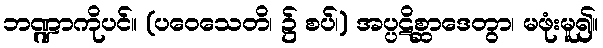
ဘဏ္ဍာကိုပင်။ (ပဝေသေတိ၊ ၌ စပ်၊) အပ္ပဋိစ္ဆာဒေတွာ၊ မဖုံးမူ၍။